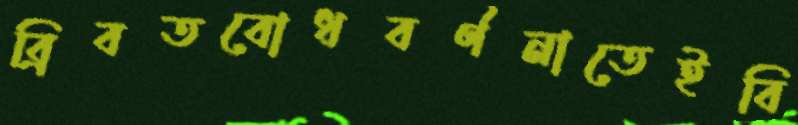
ব্রিবতবোধবর্ণনাতেইবি